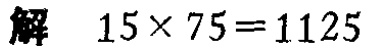
解 \(15\times 75 = 1125\)